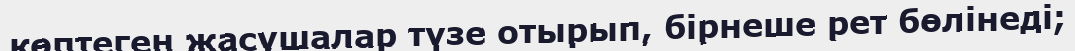
көптеген жасушалар түзе отырып, бірнеше рет бөлінеді;